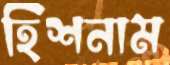
হিশনাম